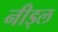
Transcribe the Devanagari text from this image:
नीड्ल